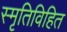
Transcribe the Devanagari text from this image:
स्मृतिविहित